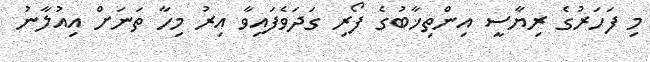
މި ފަހަރުގެ ރިޔާސީ އިންތިޚާބުގެ ފޯރި ގަދަވެފައިވާ އިރު މިހާ ތަނަށް އިއުލާނު